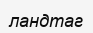
ландтаг